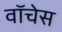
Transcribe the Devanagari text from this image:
वॉचेस